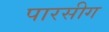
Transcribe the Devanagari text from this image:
पारसीग